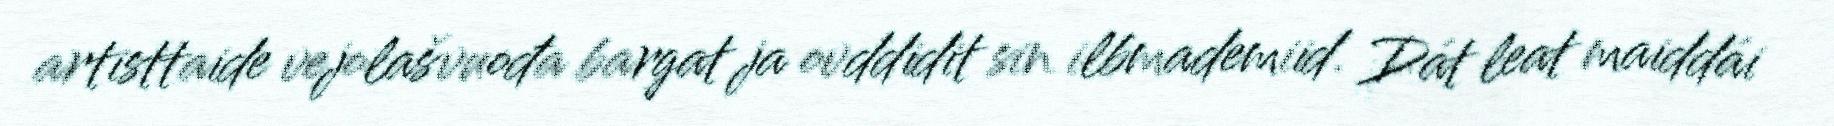
artisttaide vejolašvuođa bargat ja ovddidit sin ilbmademiid. Dát leat maiddái